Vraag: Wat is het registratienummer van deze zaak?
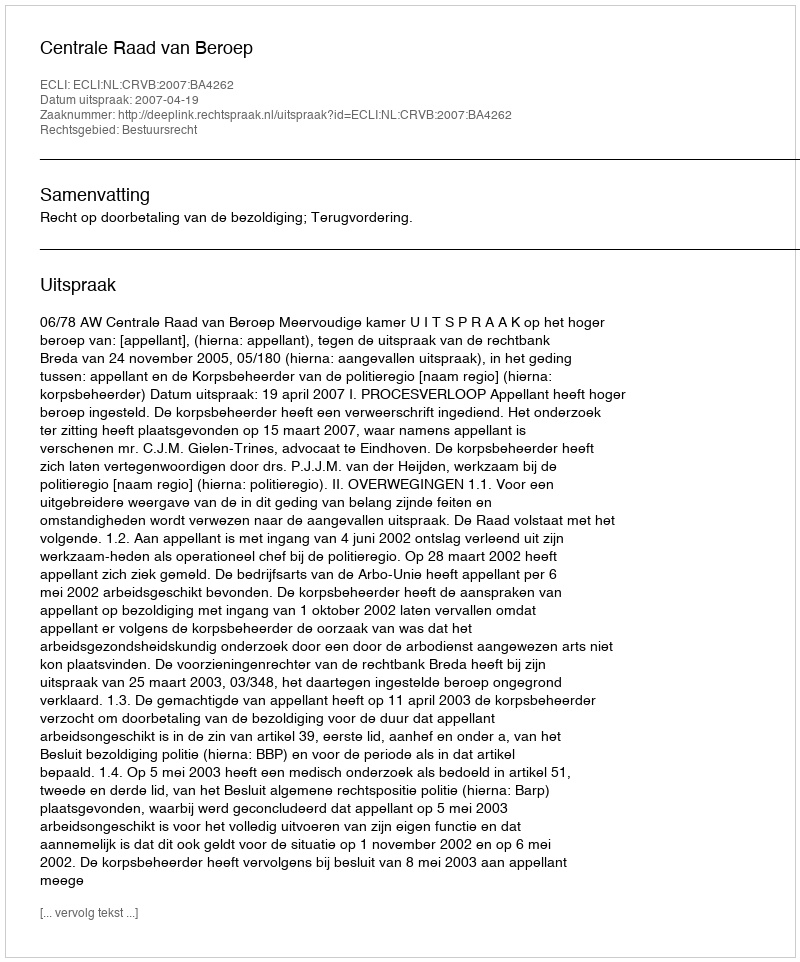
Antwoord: http://deeplink.rechtspraak.nl/uitspraak?id=ECLI:NL:CRVB:2007:BA4262